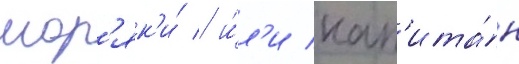
мор'як'и́ / и́л'и кап'ита́н